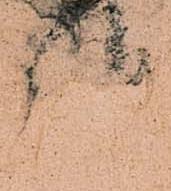
報